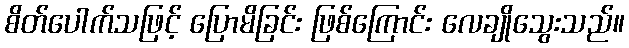
စိတ်ပေါက်သဖြင့် ပြောမိခြင်း ဖြစ်ကြောင်း လေချိုသွေးသည်။